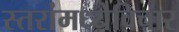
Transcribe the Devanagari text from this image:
स्तरांमध्येविचार